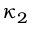
\kappa _ { 2 }